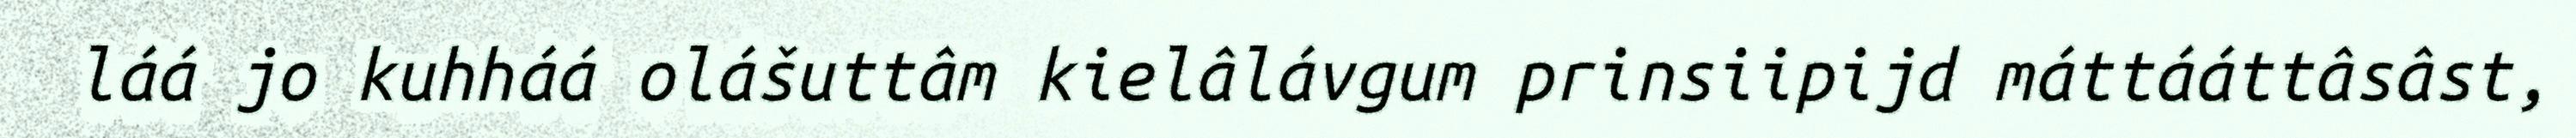
láá jo kuhháá olášuttâm kielâlávgum prinsiipijd máttááttâsâst,